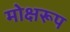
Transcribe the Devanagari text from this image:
मोक्षरूप